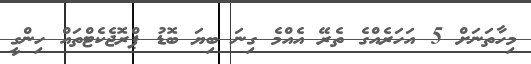
މިހާތަނަށް 5 އަހަރެއްގެ ތެރޭ އެއްމެ ގިނަ ބިޔަ ބޮޑު ޕްރޮޖެކެޓްތައް ހިންގީ